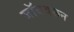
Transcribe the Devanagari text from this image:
जॉबवरून